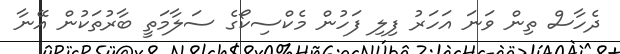
ދެހާސް ތިން ވަނަ އަހަރު ފިލި ފަހުން މެކްސިކޯގެ ސަލާމަތީ ބާރުތަކުން އޭނާ